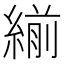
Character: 𦂒